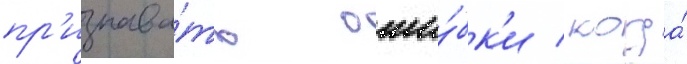
пр'изнава́ть оши́бк'и / когда́